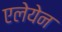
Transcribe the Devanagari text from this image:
एलेयेन